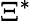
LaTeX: \Xi^{*}